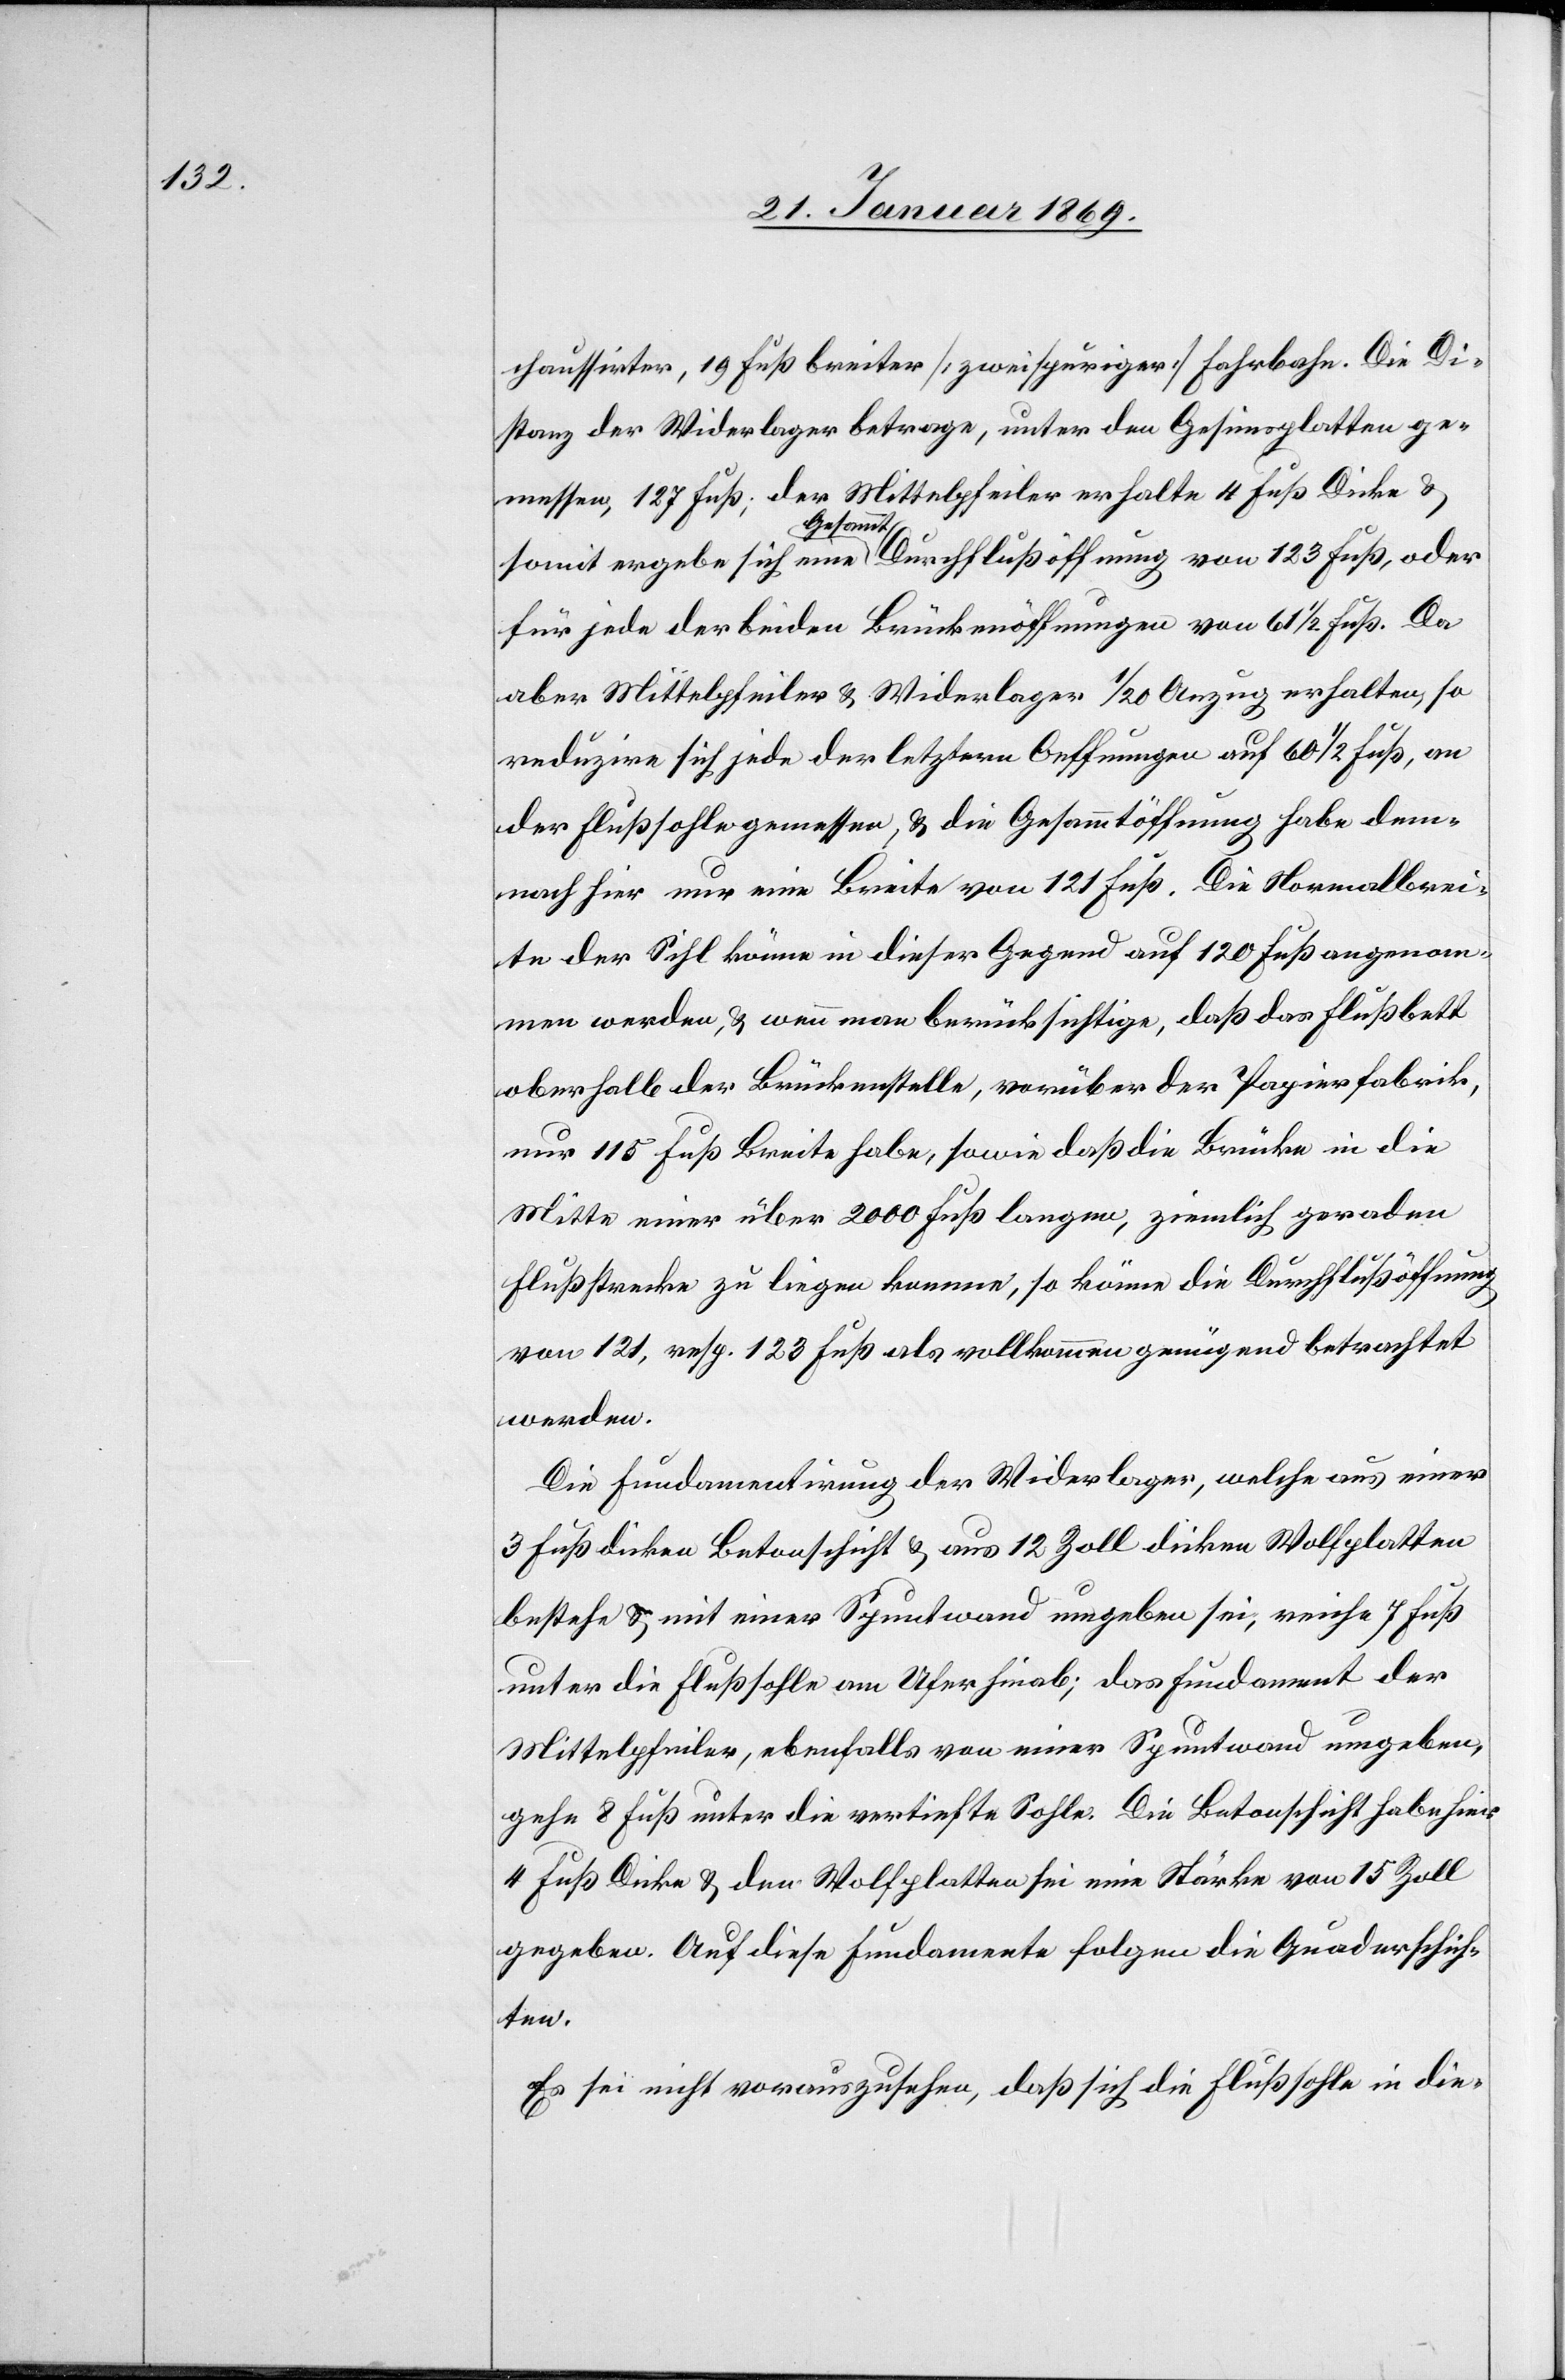
chaussirter, 19 Fuß breiter [zweispuriger] Fahrbahn. Die Di¬
stanz der Widerlager betrage, unter den Gesimsplatten ge¬
messen, 127 Fuß; der Mittelpfeiler erhalte 4 Fuß Dicke &
somit ergebe sich eine Gesammt-Durchflußöffnung von 123 Fuß, oder
für jede der beiden Brückenöffnungen von 61 1/2 Fuß. Da
aber Mittelpfeiler & Widerlager 1/20 Anzug erhalten, so
reduzire sich jede der letztern Oeffnungen auf 60 1/2 Fuß, an
der Flußsohle gemessen, & die Gesammtöffnung habe dem¬
nach hier nur eine Breite von 121 Fuß. Die Normalbrei¬
te der Sihl könne in dieser Gegend auf 120 Fuß angenom¬
men werden, & wenn man berücksichtige, daß das Flußbett
oberhalb der Brückenstelle, vorüber der Papierfabrik,
nur 115 Fuß Breite habe, sowie daß die Brücke in die
Mitte einer über 2000 Fuß langen, ziemlich geraden
Flußstrecke zu liegen komme, so könne die Durchflußöffnung
von 121, resp. 123 Fuß als vollkommen genügend betrachtet
werden.
Die Fundamentirung der Widerlager, welche aus einer
3 Fuß dicken Betonschicht & aus 12 Zoll dicken Wolfplatten
bestehe & mit einer Spundwand umgeben sei, weiche 7 Fuß
unter die Flußsohle am Ufer hinab; das Fundament der
Mittelpfeiler, ebenfalls von einer Spundwand umgeben,
gehe 8 Fuß unter die vertiefte Sohle. Die Betonschicht habe hier
4 Fuß Dicke & den Wolfplatten sei eine Stärke von 15 Zoll
gegeben. Auf diese Fundamente folgen die Quaderschich¬
ten.
Es sei nicht vorauszusehen, daß sich die Flußsohle in die-